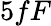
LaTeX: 5fF